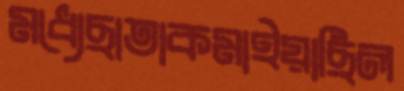
মধ্যেছাতাকমাইয়াছিল